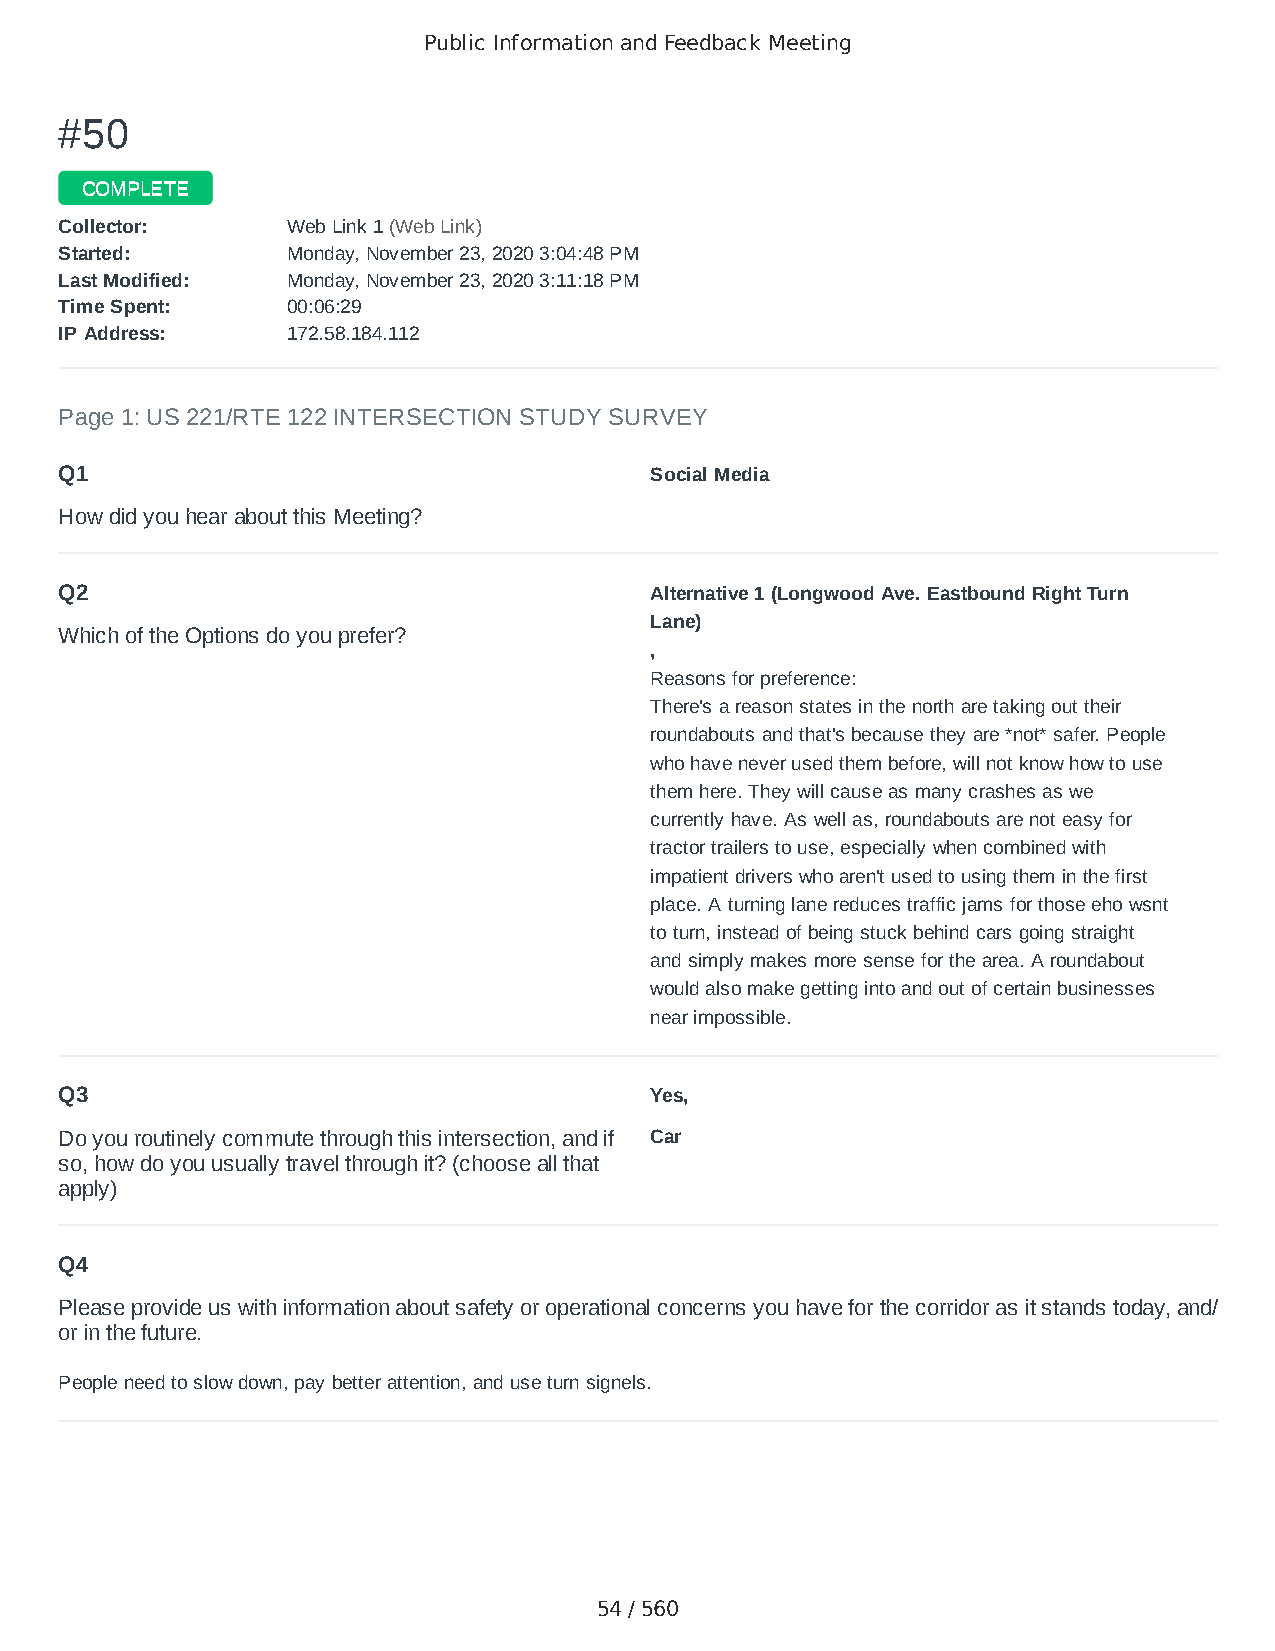
Public Information and Feedback Meeting
 ##5500
 CCOOMMPPLLEETTEE
 CCoolllleeccttoorr:: WWeebb LLiinnkk 11 ((WWeebb LLiinnkk))
 SSttaarrtteedd:: MMoonnddaayy,, NNoovveemmbbeerr 2233,, 22002200 33::0044::4488 PPMM
 LLaasstt MMooddiiffiieedd:: MMoonnddaayy,, NNoovveemmbbeerr 2233,, 22002200 33::1111::1188 PPMM
 TTiimmee SSppeenntt:: 0000::0066::2299
 IIPP AAddddrreessss:: 117722..5588..118844..111122
 Page 1: US 221/RTE 122 INTERSECTION STUDY SURVEY
 Q1                                     Social Media
 How did you hear about this Meeting?
 Q2                                     Alternative 1 (Longwood Ave. Eastbound Right Turn
 Lane)
 Which of the Options do you prefer?
 ,
 Reasons for preference:
 There's a reason states in the north are taking out their
 roundabouts and that's because they are *not* safer. People
 who have never used them before, will not know how to use
 them here. They will cause as many crashes as we
 currently have. As well as, roundabouts are not easy for
 tractor trailers to use, especially when combined with
 impatient drivers who aren't used to using them in the first
 place. A turning lane reduces traffic jams for those eho wsnt
 to turn, instead of being stuck behind cars going straight
 and simply makes more sense for the area. A roundabout
 would also make getting into and out of certain businesses
 near impossible.
 Q3                                     Yes,
 Do you routinely commute through this intersection, and if Car
 so, how do you usually travel through it? (choose all that
 apply)
 Q4
 Please provide us with information about safety or operational concerns you have for the corridor as it stands today, and/
 or in the future.
 People need to slow down, pay better attention, and use turn signels.
 54 / 560